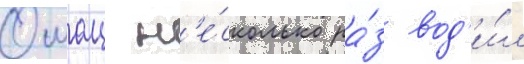
Ошац н'е́сколько ра́з вод'и́л